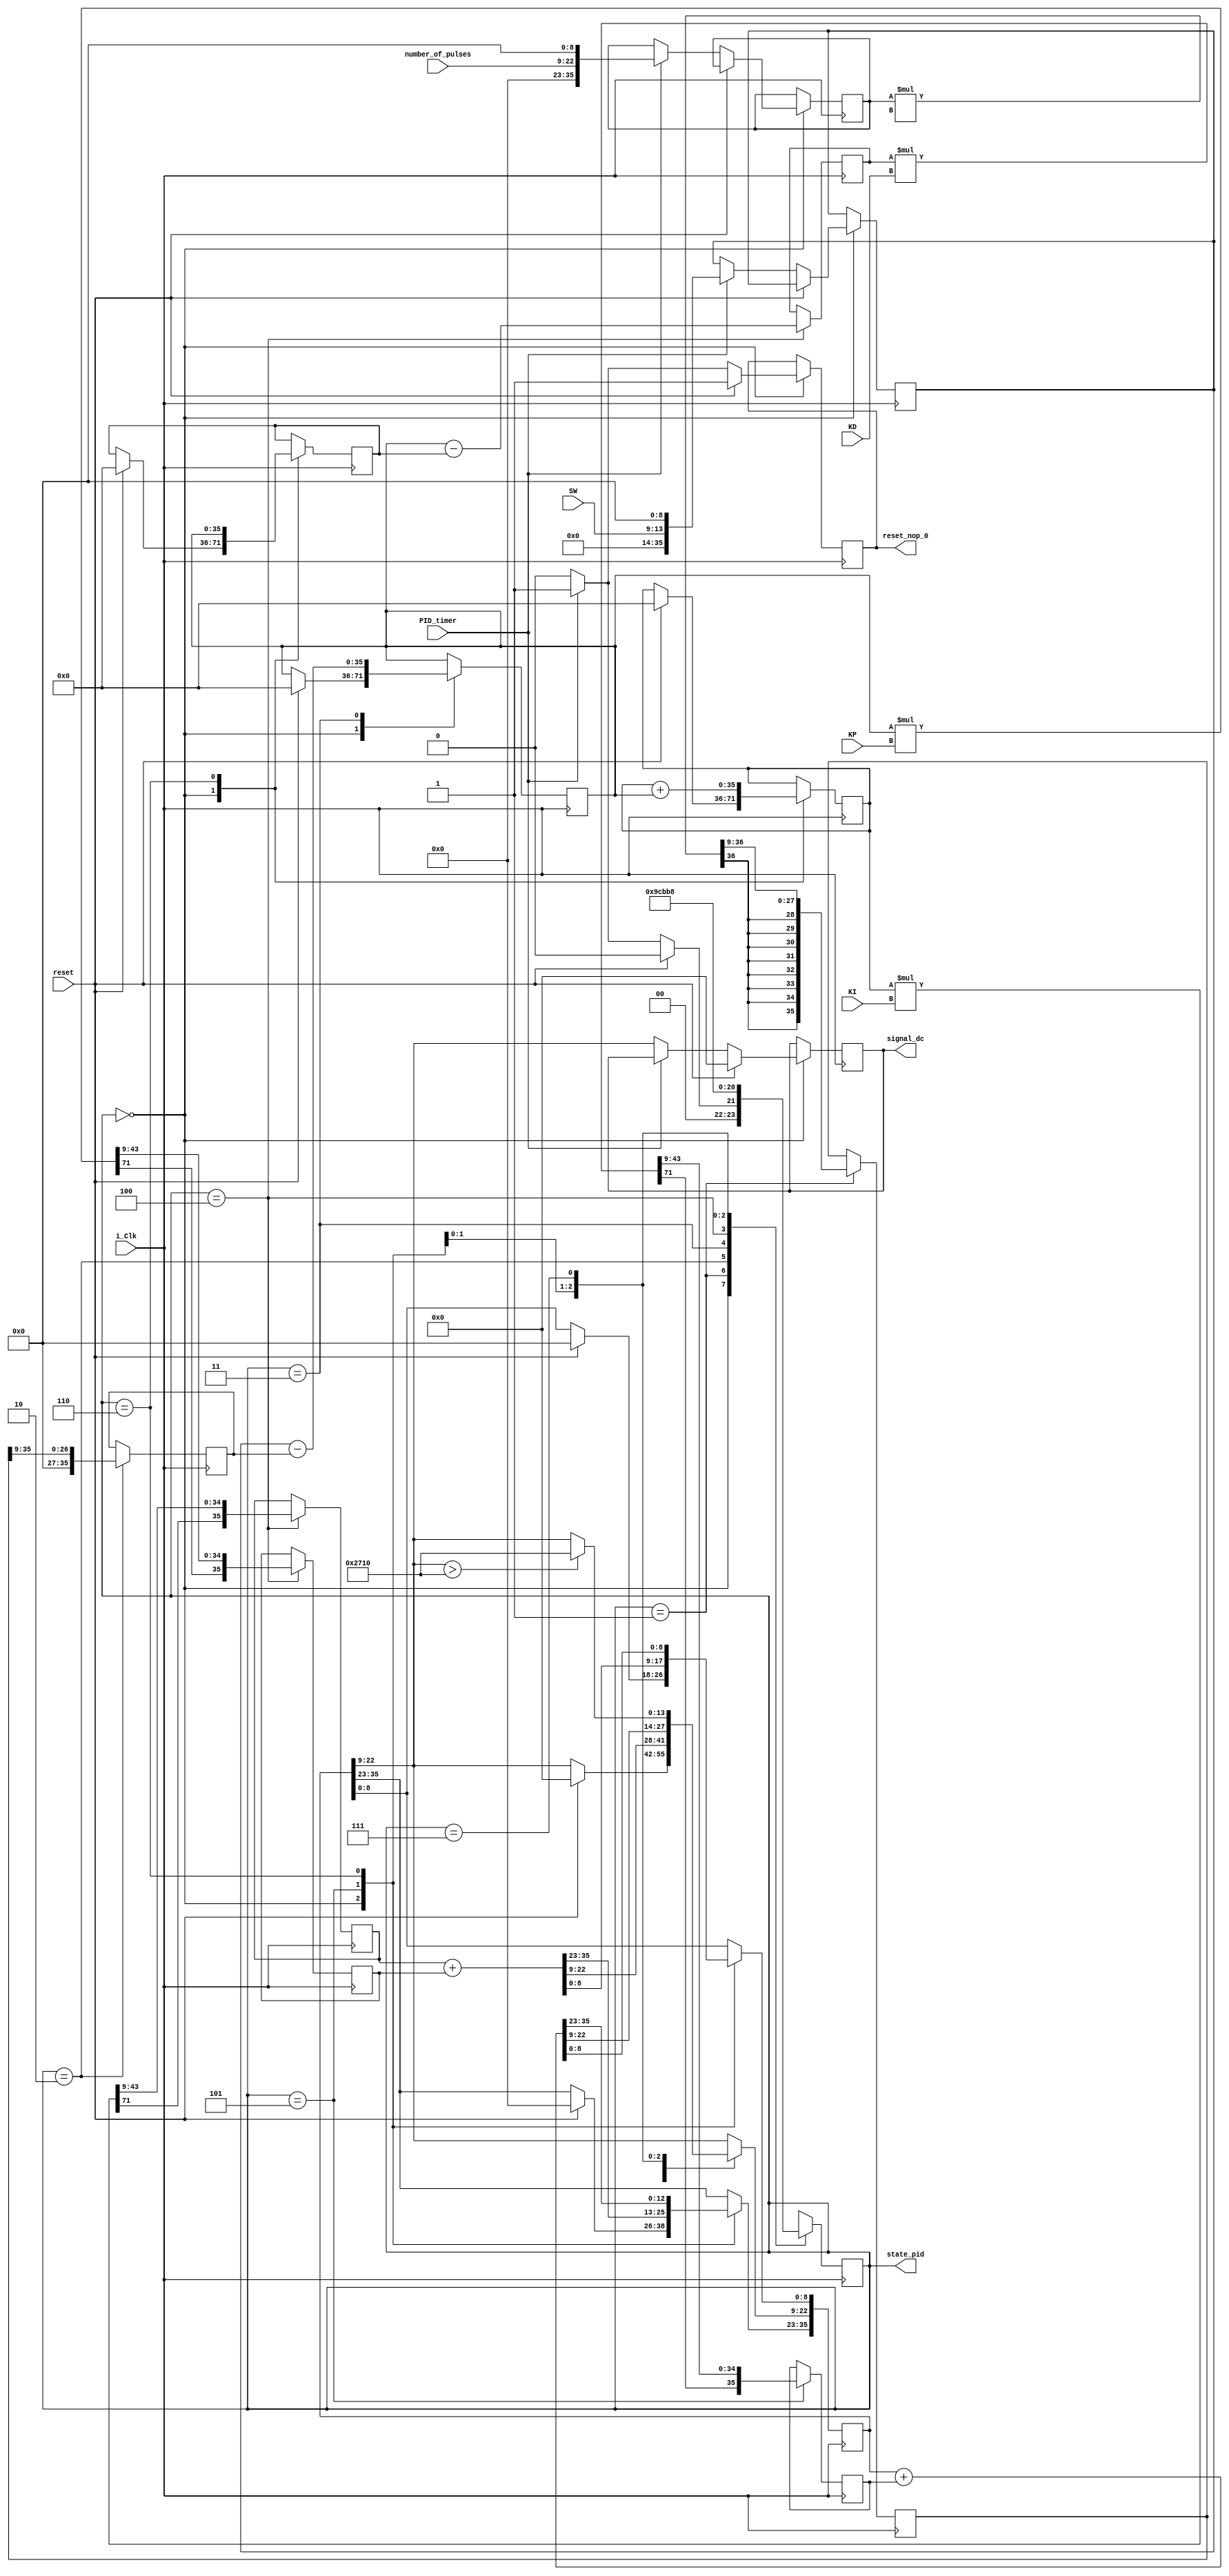
module PID(
	input i_Clk,
	input [13:0]number_of_pulses,
	input [4:0]SW,
	input PID_timer,
	output reset_nop_0,
	input reset,
	output [13:0]signal_dc,
	input [35:0] KP,
	input [35:0] KI,
	input [35:0] KD,
	///////DEBUG///////
	output [2:0]state_pid
	///////////////////
);

	reg reset_nop;
	assign reset_nop_0 = reset_nop;

	reg [2:0]PID_STATE;
	reg [35:0]sample_data;
	wire [35:0]mult_out_0, mult_out_1, mult_out_2, mult_out_3;
	reg [35:0]mult_out_0_reg, mult_out_1_reg, mult_out_2_reg, mult_out_3_reg;
	wire [71:0]mult_step_0, mult_step_1, mult_step_2, mult_step_3;
	reg [35:0]current_speed, desired_speed;
	reg [35:0]e_speed ,e_speed_pre, e_speed_sum, e_speed_de, pwm_pulse;
	reg [13:0]dc_out;
	
	///////DEBUG///////
	assign state_pid = PID_STATE;
	///////////////////
	
	parameter	WAIT_TIME = 3'd0,
				CALCULATE_PWM_0 = 3'd1,
				CALCULATE_PWM_1 = 3'd2,
				CALCULATE_PWM_2 = 3'd3,
				CALCULATE_PWM_3 = 3'd4,
				CALCULATE_PWM_4 = 3'd5,
				CALCULATE_PWM_5 = 3'd6,
				LIMIT_CHECK = 3'd7;
	/*
	parameter 	FP_36_9_d10 = 36'b1010_000_000_000,
					KP = 36'b0_1011_1111_1010_000_000_000,
					KI = 36'b0_1111_1101_1010_000_000_000,
					KD = 36'b0_1111_1111_1001_000_000_000;
	*/				
	// FIXED POINT NUMBERS 36 BIT, 1 SIGN 26 DECIMAL 9 FRACTION
	///////////////////////////////////////////////////
	
	//pwm_pulse = e_speed*kp + e_speed_sum*ki + e_speed_de*kd;
	assign signal_dc = dc_out;
	
	always@(posedge i_Clk) 
	begin	
		case(PID_STATE)
			WAIT_TIME: begin
				if(reset)begin
					PID_STATE <= WAIT_TIME;	
					reset_nop <= 1'b1;					
					e_speed_pre <= 0;
					e_speed <= 0;
					e_speed_sum <= 0;
					pwm_pulse <= 0;
					dc_out <= 0;
				end
				else if(PID_timer)begin
					sample_data <= {1'b0, 12'b0, number_of_pulses, 9'b0};
					desired_speed <= {1'b0, 21'b0, SW[4:0], 9'b0};
					reset_nop <= 1'b1;
					PID_STATE <= CALCULATE_PWM_0;
				end
				else begin
					reset_nop <= 1'b0;
					PID_STATE <= WAIT_TIME;
					dc_out <= pwm_pulse[22:9];
				end
			end
			CALCULATE_PWM_0: begin
				mult_out_0_reg <= mult_out_0;
				PID_STATE <= CALCULATE_PWM_1;
			end
			CALCULATE_PWM_1: begin
				current_speed <= mult_out_0_reg >>  9;
				PID_STATE <= CALCULATE_PWM_2;
			end
			CALCULATE_PWM_2: begin
				e_speed <= desired_speed - current_speed;
				PID_STATE <= CALCULATE_PWM_3;
			end
			CALCULATE_PWM_3: begin
				mult_out_1_reg <= mult_out_1;
				mult_out_2_reg <= mult_out_2;
				e_speed_de <= (e_speed - e_speed_pre);
				PID_STATE <= CALCULATE_PWM_4;
			end
			CALCULATE_PWM_4: begin
				mult_out_3_reg <= mult_out_3;
				pwm_pulse <= mult_out_2_reg + mult_out_1_reg;
				PID_STATE <= CALCULATE_PWM_5;
			end
			CALCULATE_PWM_5: begin
				pwm_pulse <= pwm_pulse + mult_out_3_reg;
				e_speed_pre <= e_speed;  				//save last (previous) error
				e_speed_sum <= e_speed_sum + e_speed; 	//sum of error
				PID_STATE <= LIMIT_CHECK;
			end
			LIMIT_CHECK: begin
				if(pwm_pulse[22:9] > 14'd10_000) begin
					pwm_pulse[22:9] <= 14'd10_000;
				end
				PID_STATE <= WAIT_TIME;
			end
			default: begin
				PID_STATE <= WAIT_TIME;
			end
		endcase
	end
	
	assign mult_step_0 = $signed(sample_data) * $signed(FP_36_9_d10);
	assign mult_out_0 = {mult_step_0[71], mult_step_0[43:9]};
	
	assign mult_step_1 = $signed(e_speed) * $signed(KP);
	assign mult_out_1 = {mult_step_1[71], mult_step_1[43:9]};
	
	assign mult_step_2 = $signed(e_speed_sum) * $signed(KI);
	assign mult_out_2 = {mult_step_2[71], mult_step_2[43:9]};
	
	assign mult_step_3 = $signed(e_speed_de) * $signed(KD);
	assign mult_out_3 = {mult_step_3[71], mult_step_3[43:9]};
	
	///////DEBUG///////
	wire [26:0]sample_data_D;
	wire [26:0]mult_out_0_reg_D, mult_out_1_reg_D, mult_out_2_reg_D, mult_out_3_reg_D;
	wire [26:0]current_speed_D, desired_speed_D;
	wire [26:0]e_speed_D ,e_speed_pre_D, e_speed_sum_D, e_speed_de_D;
	wire [26:0]KP_D, KI_D, KD_D;
	assign sample_data_D = sample_data[35:9];
	
	assign mult_out_0_reg_D = mult_out_0_reg[35:9];
	assign mult_out_1_reg_D = mult_out_1_reg[35:9];
	assign mult_out_2_reg_D = mult_out_2_reg[35:9];
	assign mult_out_3_reg_D = mult_out_3_reg[35:9];
	
	assign current_speed_D = current_speed[35:9];
	assign desired_speed_D = desired_speed[35:9];
	
	assign e_speed_D = e_speed[35:9];
	assign e_speed_pre_D = e_speed_pre[35:9];
	assign e_speed_sum_D = e_speed_sum[35:9];
	assign e_speed_de_D = e_speed_de[35:9];
	
	assign KP_D = KP[35:9];
	assign KI_D = KI[35:9];
	assign KD_D = KD[35:9];
	//////////////////////////////////////
endmodule